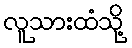
လူသားထံသို့